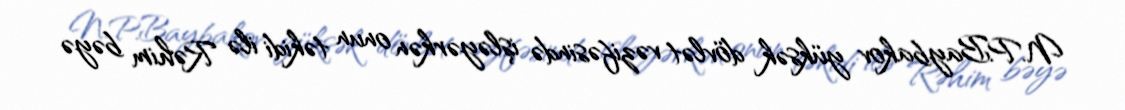
N.P.Baybakov yüksək dövlət vəzifəsində işləyərkən onun təkidi ilə Rəhim bəyə